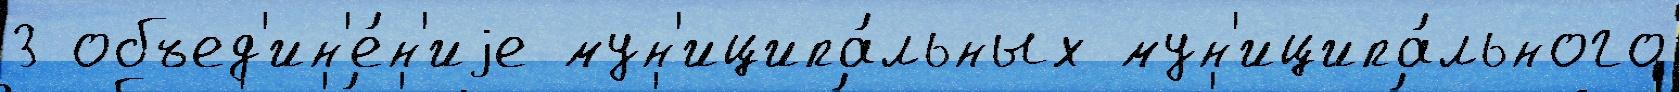
3 объед'ин'е́н'иjе мун'иципа́льных мун'иципа́льного